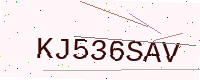
Text: KJ536SAV